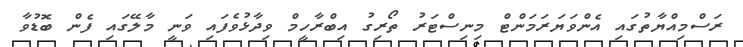
ރަސްމިއްޔާތުގައި އެންވަޔަރަމަންޓް މިނިސްޓަރު ތޯރިގު އިބްރާހީމް ވިދާޅުވެފައި ވަނީ މާލޭގައި ފެން ބޮޑުވާ